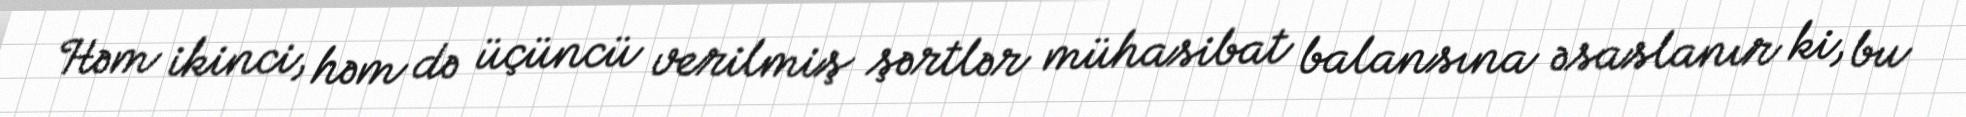
Həm ikinci, həm də üçüncü verilmiş şərtlər mühasibat balansına əsaslanır ki, bu